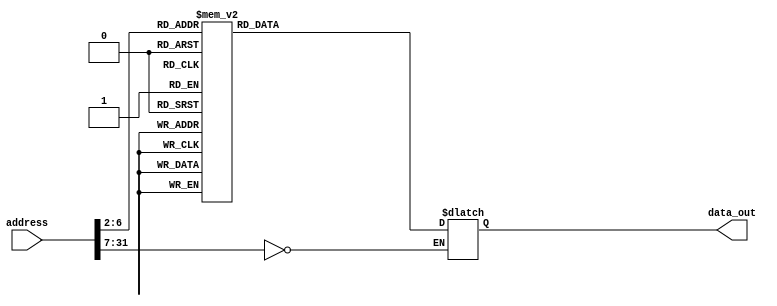
//-----------------------------------------------------------------------------
// Title         : Read-Only Memory (Instruction ROM)
// Project       : ECE 313 - Computer Organization
//-----------------------------------------------------------------------------
// Organization  : Lafayette College
// 
//-----------------------------------------------------------------------------
// Description :
//   Behavioral model of a read-only memory used in the implementations of the MIPS
//   processor subset described in Ch. 5-6 of "Computer Organization and Design, 3rd ed."
//   by David Patterson & John Hennessey, Morgan Kaufmann, 2004 (COD3e).  
//
//   Note the use of the Verilog concatenation operator to specify different
//   instruction fields in each memory element.
//
//-----------------------------------------------------------------------------

module rom32_1(address, data_out);
  parameter coreID=0;

  input  [31:0] address;
  output [31:0] data_out;
  reg    [31:0] data_out;

  parameter BASE_ADDRESS = 25'd0; // address that applies to this memory

  wire [4:0] mem_offset;
  wire address_select;

  assign mem_offset = address[6:2];  // drop 2 LSBs to get word offset

  assign address_select = (address[31:7] == BASE_ADDRESS);  // address decoding

  always @(address_select or mem_offset)
  begin
    if ((address % 4) != 0) $display($time, "Core %d: rom32 error: unaligned address %d", coreID, address);
    if (address_select == 1)
    begin
      (* full_case *) case (mem_offset)   // rs rt rdrun
          // Head Computation: ???? ???? ?? ??? ??? ???? ?? ?????? ????
          5'd0 : data_out = { 6'd35, 5'd0, 5'd1, 16'd0 };              // lw $1, 0($0)   r1=1
          5'd1 : data_out = { 6'd35, 5'd0, 5'd2, 16'd4 };              // lw $2, 4($0)   r2=100
          5'd2 : data_out = { 6'd0,  5'd0, 5'd2, 5'd3, 5'd1, 6'd2};    // srl r3 r2 "1"  ??? $3 == 50
          5'd3 : data_out = { 6'd43, 5'd0, 5'd3, 16'd128 };            // SharedMEM[0] <- MEM[32] = $3
          5'd4 : data_out = { 6'd0,  5'd0, 5'd2, 5'd4, 5'd2, 6'd2};    // srl r4 r2 "2"  ??? $4 == 25
          5'd5 : data_out = { 6'd43, 5'd0, 5'd4, 16'd132 };            // SharedMEM[1] <- MEM[33] = $4
          5'd6 : data_out = { 6'd0,  5'd3, 5'd4, 5'd5, 5'd0, 6'd32 };  // add $5, $5, $3  r5 = r4 + r3 == 75
          5'd7 : data_out = { 6'd43, 5'd0, 5'd5, 16'd136 };            // SharedMEM[2] <- MEM[34] = $5
          5'd8 : data_out = { 6'd0,  5'd0, 5'd0, 5'd30, 5'd0, 6'd32 }; // add $30, $0, $0  r30 = 0 : NOP
          5'd9 : data_out = { 6'd0,  5'd0, 5'd0, 5'd30, 5'd0, 6'd32 }; // r30 = 0 : NOP          
          5'd10: data_out = { 6'd0,  5'd0, 5'd0, 5'd30, 5'd0, 6'd32 }; // r30 = 0 : NOP
          5'd11: data_out = { 6'd0,  5'd0, 5'd0, 5'd30, 5'd0, 6'd32 }; // r30 = 0 : NOP
          5'd12: data_out = { 6'd0,  5'd0, 5'd0, 5'd30, 5'd0, 6'd32 }; // r30 = 0 : NOP
          5'd13: data_out = { 6'd0,  5'd0, 5'd0, 5'd30, 5'd0, 6'd32 }; // r30 = 0 : NOP

          // Body Computation
          5'd14: data_out = { 6'd0,  5'd0, 5'd0, 5'd5, 5'd0, 6'd32 };  // add $5, $0, $0  r5 = 0
          5'd15: data_out = { 6'd0,  5'd4, 5'd5, 5'd5, 5'd0, 6'd32 };  // add $5, $5, $4  r5 = r5 + r4
          5'd16: data_out = { 6'd0,  5'd4, 5'd1, 5'd4, 5'd0, 6'd34 };  // add $3, $3, #1  r4 = r4 - r1
          5'd17: data_out = { 6'd0,  5'd4, 5'd1, 5'd6, 5'd0, 6'd42 };  // slt $6, $3, $1  if r4 < r1 ?
          5'd18: data_out = { 6'd4,  5'd6, 5'd0, -16'd4 };             // beq $6, $zero, -4  if not, go back 3

          // r5 <- 1+2+...+25
          // Tail Computation: ??? ??? ??? ??? ??? ?? ?? ???? ??
          5'd19: data_out = { 6'd43, 5'd0, 5'd5, 16'd140 };          // Shared MEM[3] = $5 = 1+2+ ... + 25

          // ? ?????? ??? ??? ???? ??? ????: Synchronization
          5'd20: data_out = { 6'd0,  5'd0, 5'd0, 5'd30, 5'd0, 6'd32 }; // r30 = 0 : NOP Core2 SW
          5'd21: data_out = { 6'd0,  5'd0, 5'd0, 5'd30, 5'd0, 6'd32 }; // r30 = 0 : NOP Core3 SW
          5'd22: data_out = { 6'd0,  5'd0, 5'd0, 5'd30, 5'd0, 6'd32 }; // r30 = 0 : NOP Core4 SW

          // ?? Core?? ?? ??? ??? ?????? ?? ??? ??? ????
          5'd23: data_out = { 6'd35, 5'd0, 5'd6, 16'd144 };          // lw $6, 144($0): r6 <- Result of Core 2
          5'd24: data_out = { 6'd35, 5'd0, 5'd7, 16'd148 };          // lw $7, 148($0): r7 <- Result of Core 3
          5'd25: data_out = { 6'd35, 5'd0, 5'd8, 16'd152 };          // lw $8, 152($0): r8 <- Result of Core 4
  
          //
          5'd26: data_out = { 6'd0,  5'd5, 5'd6, 5'd9, 5'd0, 6'd32 };   // add $5, $5, $6  r5 = r5 + r6
          5'd27: data_out = { 6'd0,  5'd9, 5'd7, 5'd10, 5'd0, 6'd32 };  // add $5, $5, $6  r5 = r5 + r7
          5'd28: data_out = { 6'd0,  5'd10, 5'd8, 5'd11, 5'd0, 6'd32 }; // add $5, $5, $6  r5 = r5 + r8
          5'd29: data_out = { 6'd43, 5'd0, 5'd11, 16'd156 };            // Shared MEM[7] = 1+...+100
          5'd30: data_out = { 6'd0,  5'd0, 5'd0, 5'd30, 5'd0, 6'd32 };  // r30 = 0 : NOP
          5'd31: data_out = { 6'd63, 5'd0, 5'd0, 5'd30, 5'd0, 6'd32 };  // r30 = 0 : HALT          
          // add more cases here as desired
          default data_out = 32'hffff;
      endcase
      $display($time, "Core %d: reading data: rom32[%h(%d)] => %h (%d)", coreID, address, address, data_out, data_out);
    end
  end 
endmodule